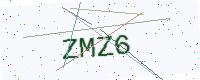
Text: ZMZ6